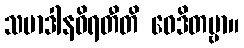
သမာဒါနဝိရတီတိ ဝေဒိတဗ္ဗာ။